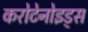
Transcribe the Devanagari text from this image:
करोटेनोइड्स